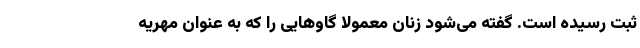
ثبت رسیده است. گفته می‌شود زنان معمولاً گاوهایی را که به عنوان مهریه